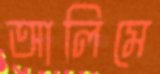
আলিমে